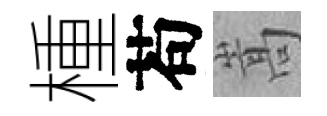
㮔苟嵩